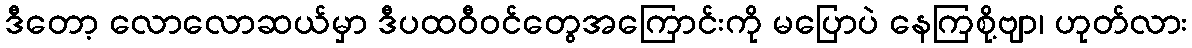
ဒီတော့ လောလောဆယ်မှာ ဒီပထဝီဝင်တွေအကြောင်းကို မပြောပဲ နေကြစို့ဗျာ၊ ဟုတ်လား